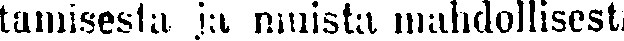
tamisesta ja muista mahdollisesti